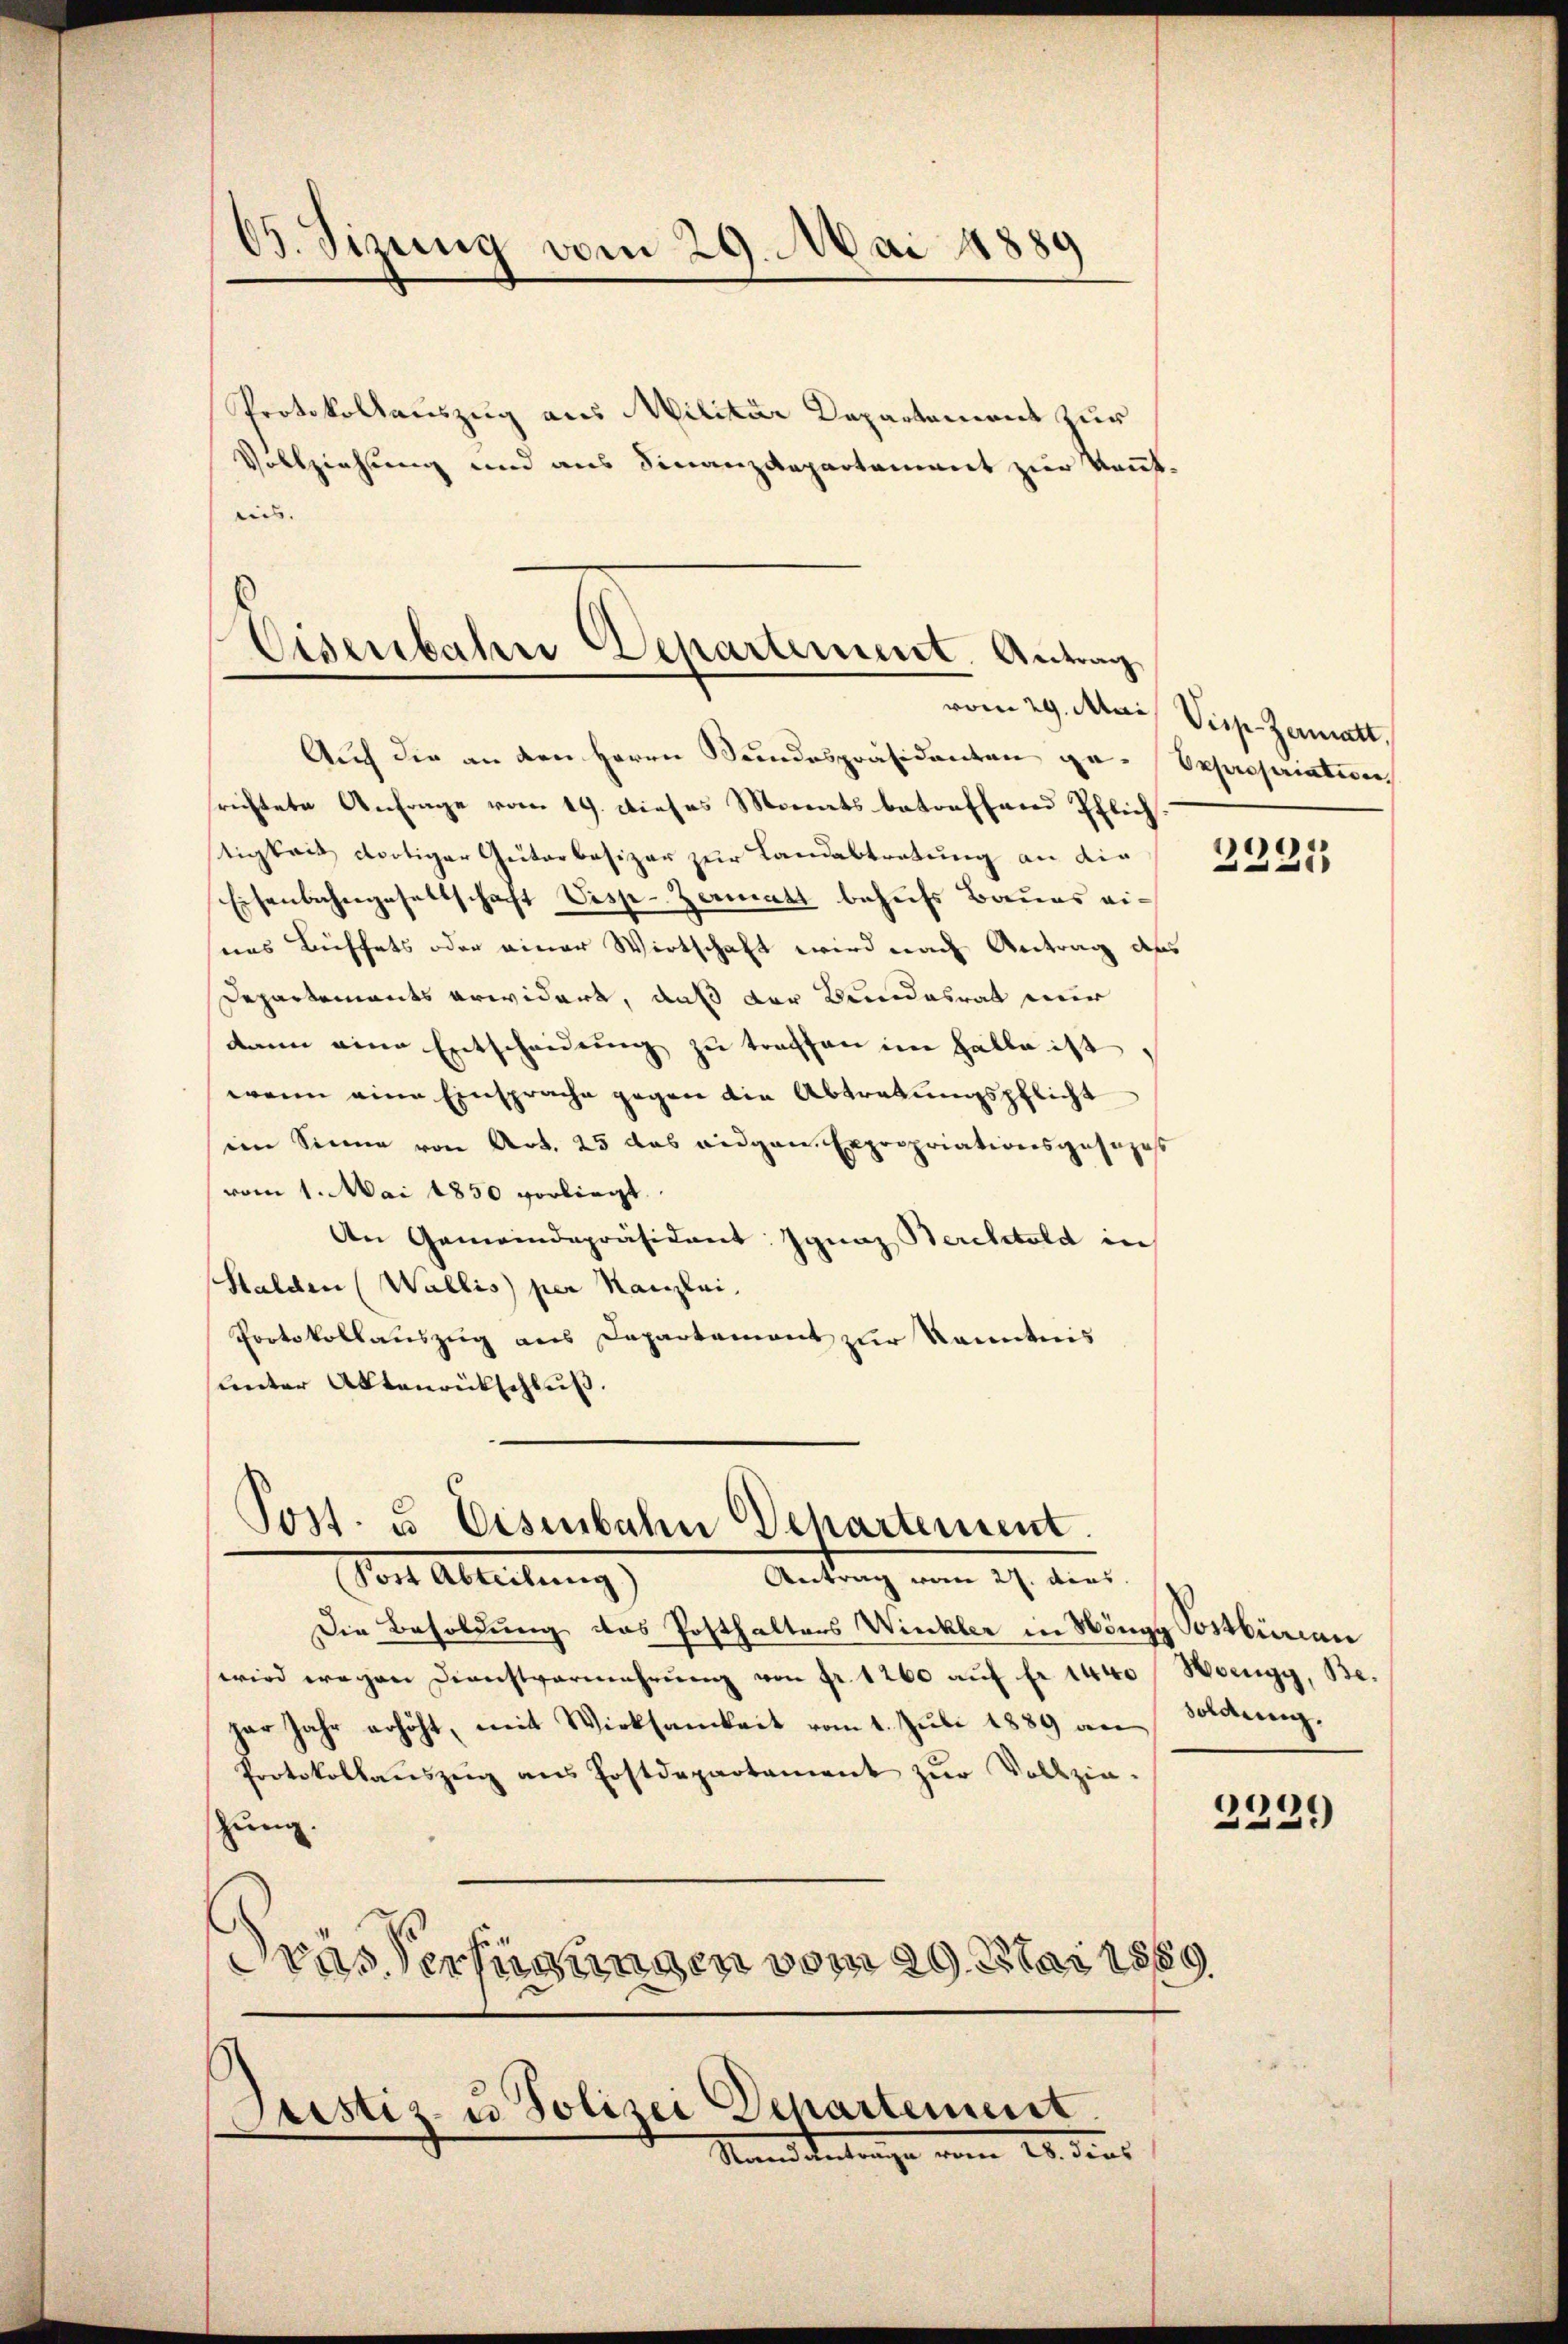
t
03. Sizung vom 29. Mai 18889

Protokollauszug aus Militär Departement zur
Vollziehung und aus Finanzdepartement zur kannt.
eis.

Eisenbahn Departement. Antrag

Auch die an den Herrn Bundespräsidenten ge-Expropriativen
srichtete Anfrage vom 19. dieses Monats betreffend Pflich.
tigkeit dortiger Guterbesizer zur Landabtretung an die
Eisenbahngesellschaft Vespe-Zermatt behufs Baues einas Büffets oder einer Wirtschaft wird nach Antrag des
Departements erwidert, daß der Bundesrat mir
dann eine Entscheidung zu trachen im Halle ist
wenn eine Einsprache gegen die Abtretungspflicht
ein Sinne von Art. 25 das eidgen. Expropriationsgesezes
vom 1. Mai 1850 vorliegt.
An Gemeindepräsident: Ignaz Berchtold in
Halden (Wallis per Kanzlei,
Protokollauszug aus Departement zur Kenntnis
unter Aktenrückschluß.

Post. u Eisenbahn Departement.
Vor Ableitung
Antrag vom 27. dies

Die Besoldung das Posthalters Winkler in Höngg Postbüreau
wird wegen Dienstvermehrung von fr. 1260 auf Fr. 1440 / Hoengy, Bejar Jahr erhöht, mit Wirksamkeit vom 1. Juli 1889 an Soldung,
Protokollauszeig ans Postdepartament zŭr Vollzie-
zung.
Gras Verfügungen vom 29. Mai 1889

Justiz u. Polizei Departement

Standetentenge vom 18. dens

vom 29. Mai Visp. Zermatt.

2225

e
239)